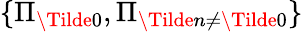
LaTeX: \{ \Pi_{\Tilde{0}},\Pi_{\Tilde{n}\neq\Tilde{0}}\}